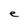
Character: e